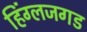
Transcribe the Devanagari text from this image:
हिंग्लजगड